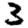
Digit: 3